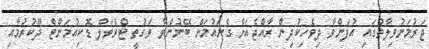
ޖަރުމަނުވިލާތުގައި އުފަންވާ ދިވެހިކުދިން ރާއްޖެއަށް ގެނައުމަށް ބޭނުންވާ ވަގުތީ ޓްރެވަލް ޑޮކިއުމަންޓް ދޫކުރުމާއި